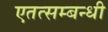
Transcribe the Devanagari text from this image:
एतत्सम्बन्धी